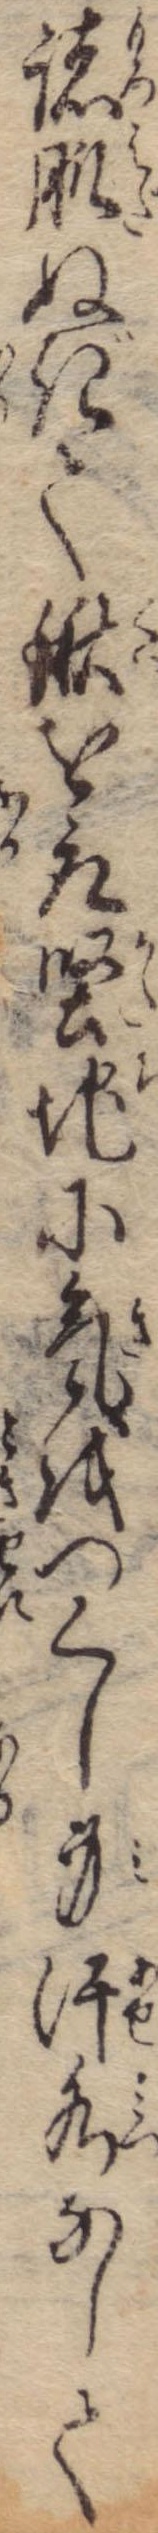
諸肌ぬぎて鍬を取堅地に気をつくし身汗水なして